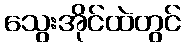
သွေးအိုင်ထဲတွင်